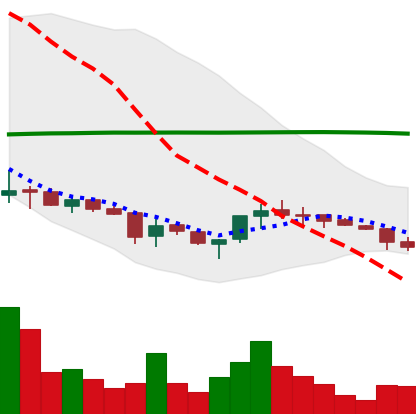
Ticker: ETC-USD
Chart end date: 2018-03-27
Forward return: -14.663%
Label: down_7plus